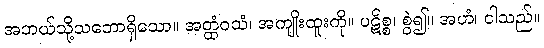
အဘယ်သို့သဘောရှိသော။ အတ္ထံဝသံ၊ အကျိုးထူးကို။ ပဋိစ္စ၊ စွဲ၍။ အဟံ၊ ငါသည်။